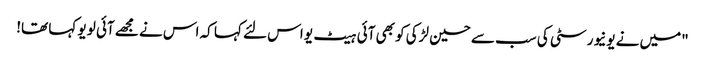
"میں نے یونیورسٹی کی سب سے حسین لڑکی کو بھی آئی ہیٹ یو اس لئے کہا کہ اس نے مجھے آئی لو یو کہا تھا!